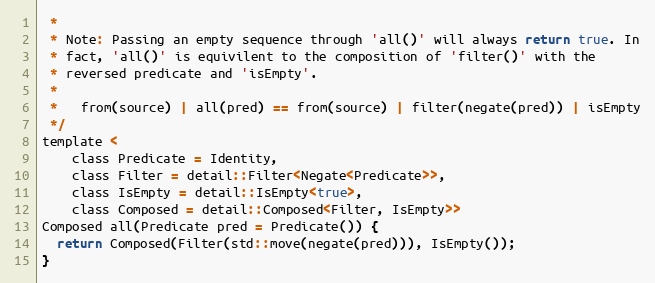
Language: C
 *
 * Note: Passing an empty sequence through 'all()' will always return true. In
 * fact, 'all()' is equivilent to the composition of 'filter()' with the
 * reversed predicate and 'isEmpty'.
 *
 *   from(source) | all(pred) == from(source) | filter(negate(pred)) | isEmpty
 */
template <
    class Predicate = Identity,
    class Filter = detail::Filter<Negate<Predicate>>,
    class IsEmpty = detail::IsEmpty<true>,
    class Composed = detail::Composed<Filter, IsEmpty>>
Composed all(Predicate pred = Predicate()) {
  return Composed(Filter(std::move(negate(pred))), IsEmpty());
}